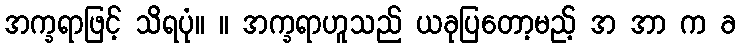
အက္ခရာဖြင့် သိရပုံ။ ။ အက္ခရာဟူသည် ယခုပြတော့မည့် အ အာ က ခ